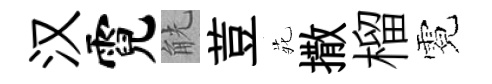
汉霓觥荳𫟍撒榴霓